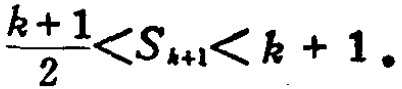
\frac{k + 1}{2}<S_{k + 1}<k + 1。